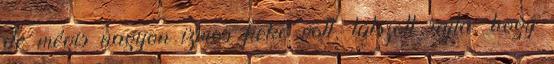
de mégis nagyon izmos fickó volt, látszott rajta, hogy